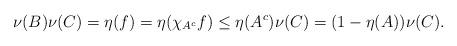
LaTeX: \begin{align*}\nu(B) \nu(C) = \eta(f) = \eta(\chi_{A^c} f) \leq \eta(A^c) \nu(C) = (1-\eta(A))\nu(C).\end{align*}